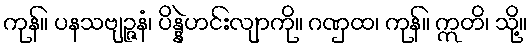
ကုန်။ ပနသဗျဉ္ဇနံ၊ ပိန္နဲဟင်းလျာကို။ ဂဏှထ၊ ကုန်။ ဣတိ၊ သို့။